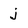
Character: j